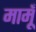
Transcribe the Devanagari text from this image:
मामूँ